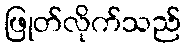
ဖြုတ်လိုက်သည်